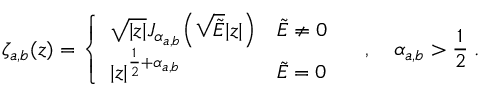
\zeta _ { a , b } ( z ) = \left\{ \begin{array} { l l } { \sqrt { | z | } J _ { \alpha _ { a , b } } \! \left( \sqrt { \tilde { E } } | z | \right) } & { \tilde { E } \neq 0 } \\ { | z | ^ { \frac { 1 } { 2 } + \alpha _ { a , b } } } & { \tilde { E } = 0 } \end{array} \right. \quad , \quad \alpha _ { a , b } > \frac { 1 } { 2 } \; .